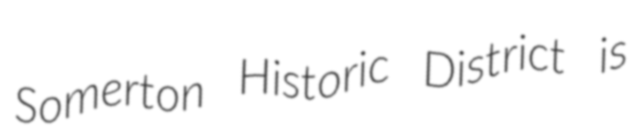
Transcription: Somerton Historic District is